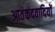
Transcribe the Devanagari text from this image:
आतंकदवादियों